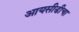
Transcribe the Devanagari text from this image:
आयसीडीचा